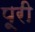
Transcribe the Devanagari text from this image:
पूूरी